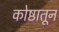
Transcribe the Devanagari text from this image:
कोष्ठातून